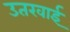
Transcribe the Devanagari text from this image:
उतरवाई